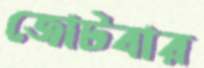
জোটবার